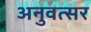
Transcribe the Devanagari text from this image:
अनुवत्सर